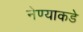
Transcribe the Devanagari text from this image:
नेण्याकडे